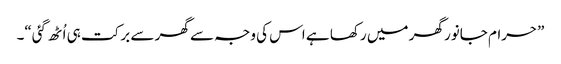
”حرام جانور گھر میں رکھا ہے اس کی وجہ سے گھر سے برکت ہی اُٹھ گئی“۔